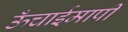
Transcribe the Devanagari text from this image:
ऊँचाईमापी